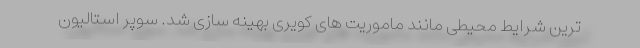
ترین شرایط محیطی مانند ماموریت های کویری بهینه سازی شد. سوپر استالیون